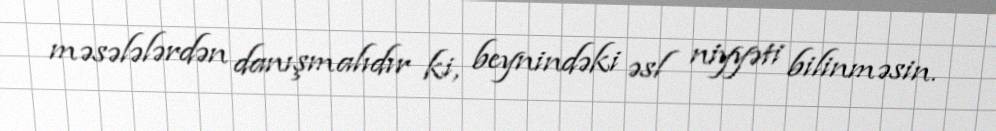
məsələlərdən danışmalıdır ki, beynindəki əsl niyyəti bilinməsin.